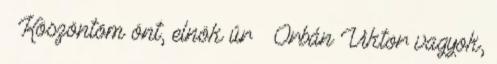
– Köszöntöm önt, elnök úr – Orbán Viktor vagyok,